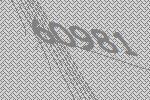
60981